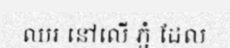
ឈរ នៅលើ ភ្នំ ដែល